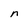
Character: n